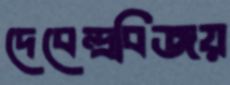
দেবেন্দ্রবিজয়